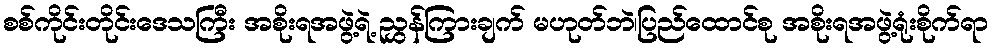
စစ်ကိုင်းတိုင်းဒေသကြီး အစိုးရအဖွဲ့ရဲ့ ညွှန်ကြားချက် မဟုတ်ဘဲ၊ပြည်ထောင်စု အစိုးရအဖွဲ့ရုံးစိုက်ရာ